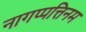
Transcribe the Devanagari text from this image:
नागप्पत्तिनम